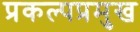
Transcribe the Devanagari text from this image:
प्रकल्पप्रमुख